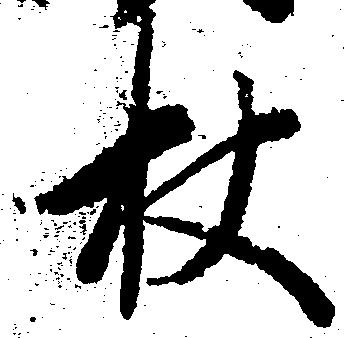
杖